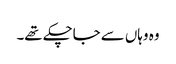
وہ وہاں سے جاچکے تھے۔